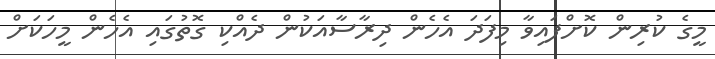
މީގެ ކުރިން ކޮށްފައިވާ މިފަދަ އެހެން ދިރާސާއަކުން ދެއްކި ގޮތުގައި އެހެން މީހަކަށް